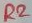
Text: R2